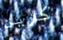
كارين